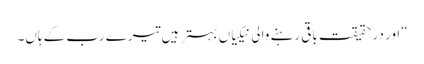
“اور در حقیقت باقی رہنے والی نیکیاں بہتر ہیں تیرے رب کے ہاں۔